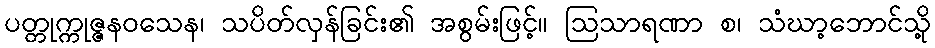
ပတ္တုက္ကုဇ္ဇနဝသေန၊ သပိတ်လှန်ခြင်း၏ အစွမ်းဖြင့်။ ဩသာရဏာ စ၊ သံဃာ့ဘောင်သို့